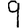
Digit: 9